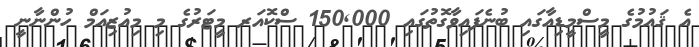
އެ ޤައުމުގެ މީސްމީޑިއާގައި ބުނެފައިވާގޮތުގައި 150